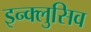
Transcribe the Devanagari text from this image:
इन्क्लुसिव